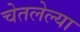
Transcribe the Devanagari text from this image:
चेतलेल्या